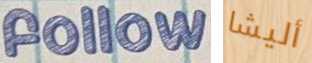
follow أليشا